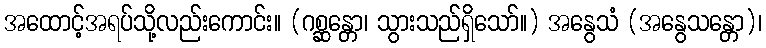
အထောင့်အရပ်သို့လည်းကောင်း။ (ဂစ္ဆန္တော၊ သွားသည်ရှိသော်။) အနွေသံ (အနွေသန္တော)၊